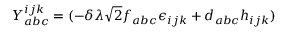
Y _ { a b c } ^ { i j k } = ( - \delta \lambda \sqrt { 2 } f _ { a b c } \epsilon _ { i j k } + d _ { a b c } h _ { i j k } )